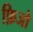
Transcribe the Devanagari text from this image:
फ़िजो